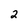
Character: 2